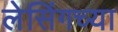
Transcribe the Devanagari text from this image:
लेसिंगच्या